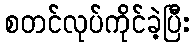
စတင်လုပ်ကိုင်ခဲ့ပြီး